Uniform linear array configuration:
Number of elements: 32
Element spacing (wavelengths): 0.25
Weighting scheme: binomial
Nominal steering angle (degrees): -15
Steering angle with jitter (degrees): -15.248
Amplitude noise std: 0.05
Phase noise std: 0.05

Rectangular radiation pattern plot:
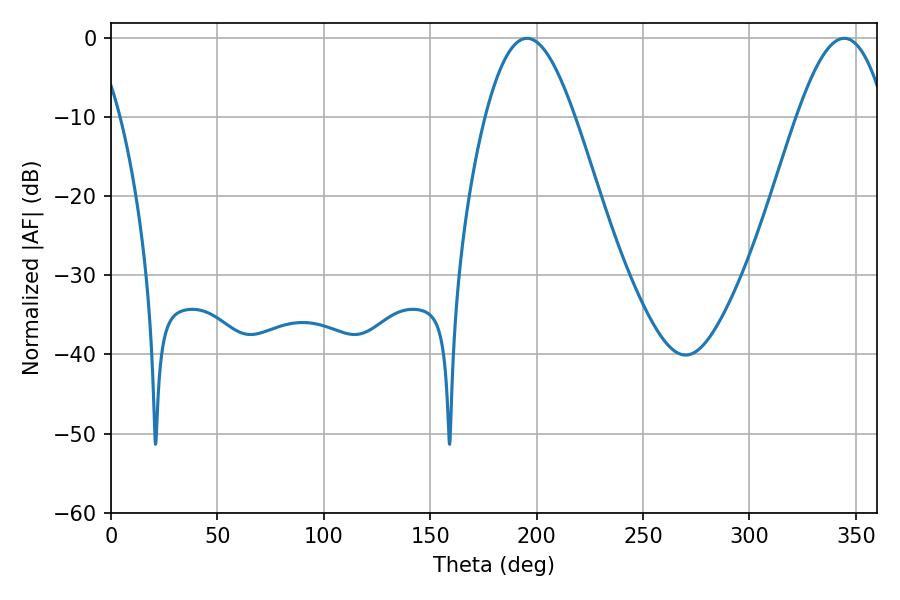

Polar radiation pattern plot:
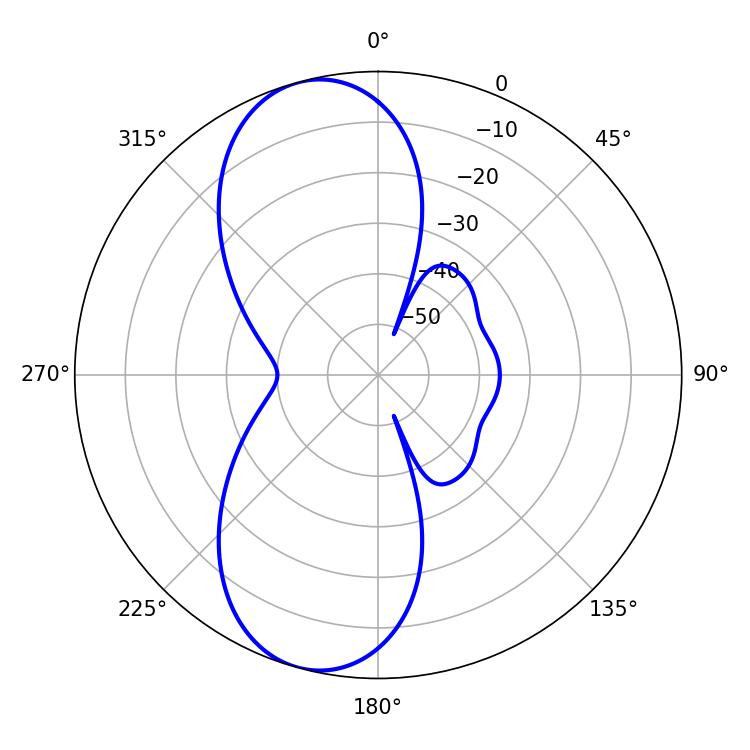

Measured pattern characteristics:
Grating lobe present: FALSE
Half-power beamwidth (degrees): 22.68
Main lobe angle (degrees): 195.48